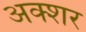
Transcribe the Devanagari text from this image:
अक्शर